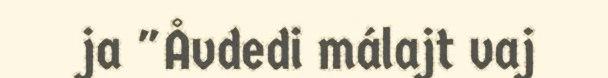
ja "Åvdedi málajt vaj